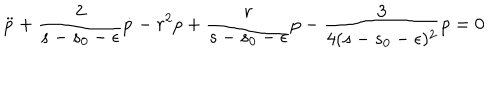
\ddot { p } + \frac { 2 } { s - s _ { 0 } - \epsilon } \dot { p } - r ^ { 2 } p + \frac { r } { s - s _ { 0 } - \epsilon } p - \frac { 3 } { 4 ( s - s _ { 0 } - \epsilon ) ^ { 2 } } p = 0